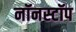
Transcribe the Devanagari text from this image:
नॉनस्‍टॉप